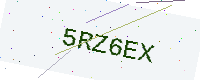
Text: 5RZ6EX